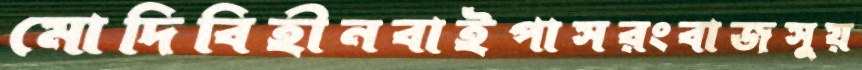
মোদিবিহীনবাইপাসরংবাজসুয়